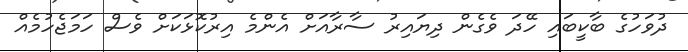
ދުވަހުގެ ބާކީބައި ހޭދަ ވެގެން ދިޔައިރު ސާރާއަށް އެންމެ އިރުކޮޅަކަށް ވެސް ހަމަޖެހުމެއް